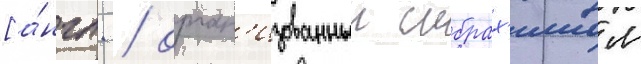
[а́нгл. / орган'изованныи ибрах'имом